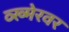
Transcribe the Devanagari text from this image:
व्ख्मेरवर